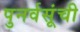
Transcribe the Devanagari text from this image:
पुनर्वसूंची